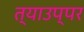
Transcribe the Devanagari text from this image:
त्याउप्पर